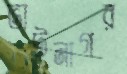
ভাটনাগর